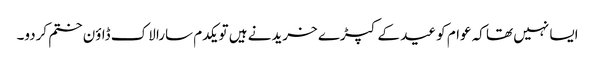
ایسا نہیں تھا کہ عوام کو عید کے کپڑے خریدنے ہیں تو یکدم سارا لاک ڈاؤن ختم کردو۔